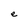
Character: e